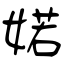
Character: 婼